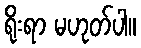
ရိုးရာ မဟုတ်ပါ။